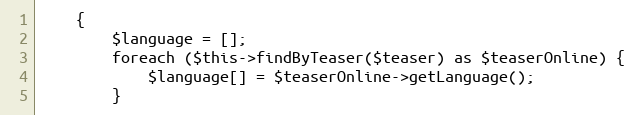
Language: PHP
    {
        $language = [];
        foreach ($this->findByTeaser($teaser) as $teaserOnline) {
            $language[] = $teaserOnline->getLanguage();
        }